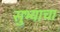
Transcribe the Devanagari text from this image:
सुभ्याचा